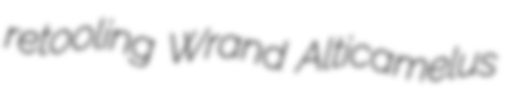
retooling Wrand Alticamelus